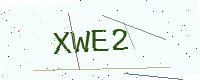
Text: XWE2